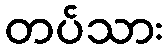
တပ်သား